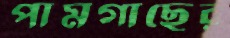
পামগাছের